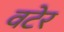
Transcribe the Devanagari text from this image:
वटेर